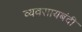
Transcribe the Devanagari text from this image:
व्यवसायबंदी